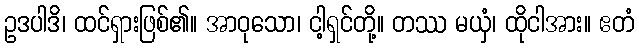
ဥဒပါဒိ၊ ထင်ရှားဖြစ်၏။ အာဝုသော၊ ငါ့ရှင်တို့။ တဿ မယှံ၊ ထိုငါအား။ ဧတံ